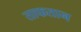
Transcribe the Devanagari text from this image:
ताफतान